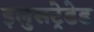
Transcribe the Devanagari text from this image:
इलुसट्रेडेड